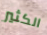
الكثير